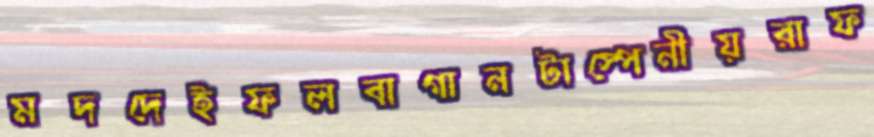
মদদেইফলবাগানটাস্পেনীয়রাফ